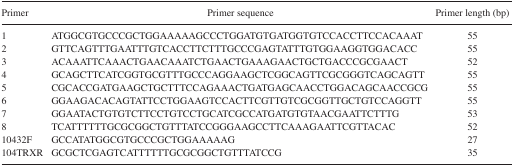
| Primer | Primer sequence | Primer length (bp) |
 | --- | --- | --- |
 | 1 | ATGGCGTGCCCGCTGGAAAAAGCCCTGGATGTGATGGTGTCCACCTTCCACAAAT | 55 |
 | 2 | GTTCAGTTTGAATTTGTCACCTTCTTTGCCCGAGTATTTGTGGAAGGTGGACACC | 55 |
 | 3 | ACAAATTCAAACTGAACAAATCTGAACTGAAAGAACTGCTGACCCGCGAACT | 52 |
 | 4 | GCAGCTTCATCGGTGCGTTTGCCCAGGAAGCTCGGCAGTTCGCGGGTCAGCAGTT | 55 |
 | 5 | CGCACCGATGAAGCTGCTTTCCAGAAACTGATGAGCAACCTGGACAGCAACCGCG | 55 |
 | 6 | GGAAGACACAGTATTCCTGGAAGTCCACTTCGTTGTCGCGGTTGCTGTCCAGGTT | 55 |
 | 7 | GGAATACTGTGTCTTCCTGTCCTGCATCGCCATGATGTGTAACGAATTCTTTG | 53 |
 | 8 | TCATTTTTTGCGCGGCTGTTTATCCGGGAAGCCTTCAAAGAATTCGTTACAC | 52 |
 | 10432F | GCCATATGGCGTGCCCGCTGGAAAAAG | 27 |
 | 104TRXR | GCGCTCGAGTCATTTTTTGCGCGGCTGTTTATCCG | 35 |